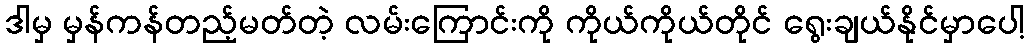
ဒါမှ မှန်ကန်တည့်မတ်တဲ့ လမ်းကြောင်းကို ကိုယ်ကိုယ်တိုင် ရွေးချယ်နိုင်မှာပေါ့